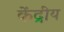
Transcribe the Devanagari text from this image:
केंद्रीय